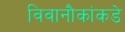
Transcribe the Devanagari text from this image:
विवानौकांकडे